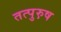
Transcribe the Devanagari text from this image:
तत्पुरु़ष